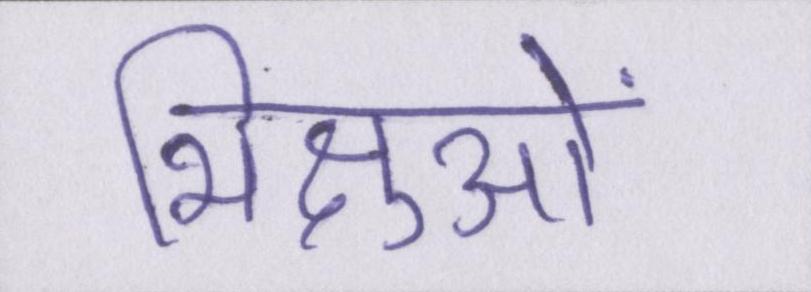
भिक्षुओं